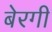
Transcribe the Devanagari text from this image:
बेरगी